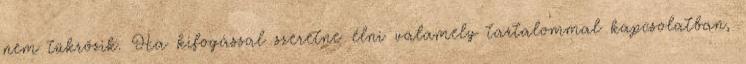
nem tükrözik. Ha kifogással szeretne élni valamely tartalommal kapcsolatban,